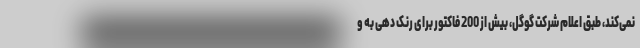
نمی‌کند، طبق اعلام شرکت گوگل، بیش از 200 فاکتور برای رنک دهی به و